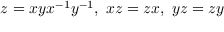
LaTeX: z _ { } ^ { } = x y x ^ { - 1 } y ^ { - 1 } , \ x z = z x , \ y z = z y